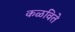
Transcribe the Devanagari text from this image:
कळविते